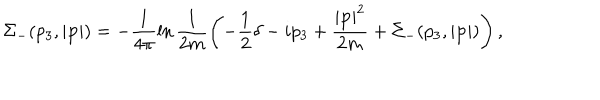
\Sigma _ { - } ( p _ { 3 } , \left| { \bf p } \right| ) = - \frac { 1 } { 4 \pi } \ln \frac { 1 } { 2 m } \left( - \frac { 1 } { 2 } \delta - i p _ { 3 } + \frac { \left| { \bf p } \right| ^ { 2 } } { 2 m } + \Sigma _ { - } ( p _ { 3 } , \left| { \bf p } \right| ) \right) ,